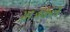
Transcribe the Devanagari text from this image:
अाजकल